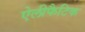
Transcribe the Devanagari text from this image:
ऐलीफैटिक